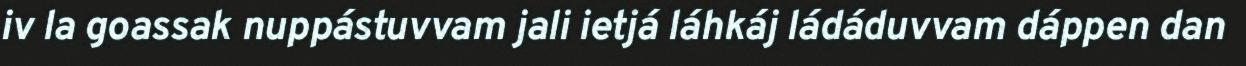
iv la goassak nuppástuvvam jali ietjá láhkáj ládáduvvam dáppen dan